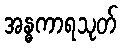
အန္ဓကာရသုတ်